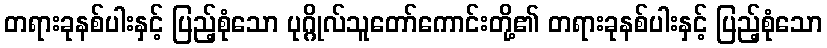
တရားခုနစ်ပါးနှင့် ပြည့်စုံသော ပုဂ္ဂိုလ်သူတော်ကောင်းတို့၏ တရားခုနစ်ပါးနှင့် ပြည့်စုံသော